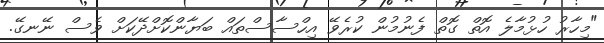
"މިހާރު ހުޅުމާލެ އޮތް ގޮތް ފެނުމުން ކުރެވޭ އިހްސާސްތައް ބަޔާންކޮށްދޭކަށް ވެސް ނޭނގޭ.